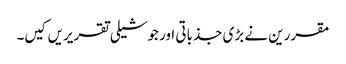
مقررین نے بڑی جذباتی اور جوشیلی تقریریں کیں۔